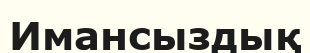
Имансыздық